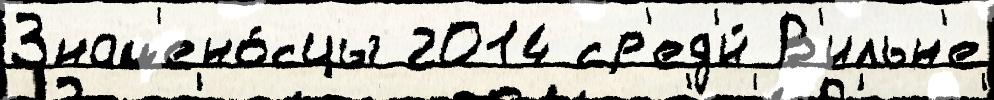
Знам'ено́сцы 2014 ср'ед'и́ В'ильн'е